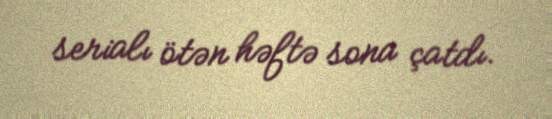
serialı ötən həftə sona çatdı.